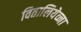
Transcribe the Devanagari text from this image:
वितालियेव्ना